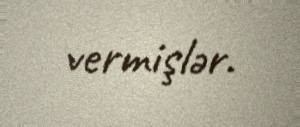
vermişlər.